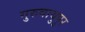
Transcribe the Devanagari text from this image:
गुरुवायुपुर